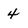
Character: 4